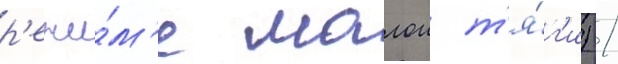
р'ежи́м'е малои т'я́г'и) /